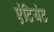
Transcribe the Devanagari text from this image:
एंटियंट